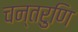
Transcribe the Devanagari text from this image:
चन्तरुणि